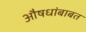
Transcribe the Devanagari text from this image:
औषधांबाबत